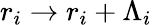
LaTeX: r_{i}\rightarrow r_{i}+\Lambda_{i}